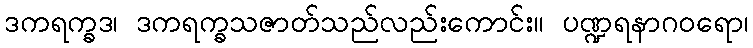
ဒကရက္ခဒ၊ ဒကရက္ခသဇာတ်သည်လည်းကောင်း။ ပဏ္ဍရနာဂဝရော၊